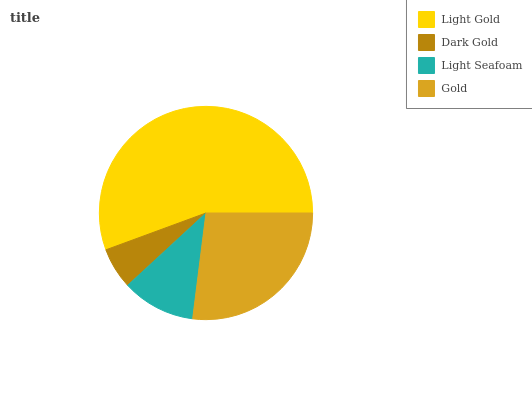
| Light Gold | Dark Gold | Light Seafoam | Gold |
 | --- | --- | --- | --- |
 | 55.5% | 6.25% | 11.1% | 27.1% |